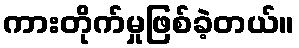
ကားတိုက်မှုဖြစ်ခဲ့တယ်။